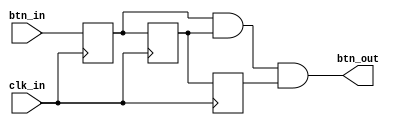
// This program was cloned from: https://github.com/FPGADude/Digital-Design
// License: GNU General Public License v3.0

`timescale 1ns / 1ps

// For 7-segment display clock
// Authored by David J Marion

module btn_debouncer(
    input clk_in,
    input btn_in,
    output btn_out
    );
    
    reg d1, d2, d3;
    
    always @(posedge clk_in) begin
        d1 <= btn_in;
        d2 <= d1;
        d3 <= d2;
    end
    
    assign btn_out = d1 & d2 & d3;
    
endmodule